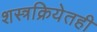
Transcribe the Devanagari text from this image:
शस्त्रक्रियेतही